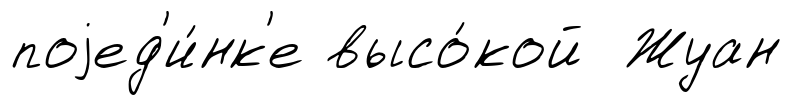
поjед'и́нк'е высо́кой Жуан